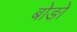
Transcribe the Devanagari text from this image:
बोङो